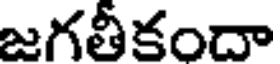
జగతీకందా